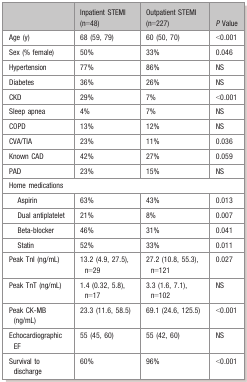
<table><thead><tr><td></td><td><b>Inpatient STEMI (n=48)</b></td><td><b>Outpatient STEMI (n=227)</b></td><td><b><i>P</i> Value</b></td></tr></thead><tbody><tr><td>Age (y)</td><td>68 (59, 79)</td><td>60 (50, 70)</td><td>&lt;0.001</td></tr><tr><td>Sex (% female)</td><td>50%</td><td>33%</td><td>0.046</td></tr><tr><td>Hypertension</td><td>77%</td><td>86%</td><td>NS</td></tr><tr><td>Diabetes</td><td>36%</td><td>26%</td><td>NS</td></tr><tr><td>CKD</td><td>29%</td><td>7%</td><td>&lt;0.001</td></tr><tr><td>Sleep apnea</td><td>4%</td><td>7%</td><td>NS</td></tr><tr><td>COPD</td><td>13%</td><td>12%</td><td>NS</td></tr><tr><td>CVA/TIA</td><td>23%</td><td>11%</td><td>0.036</td></tr><tr><td>Known CAD</td><td>42%</td><td>27%</td><td>0.059</td></tr><tr><td>PAD</td><td>23%</td><td>15%</td><td>NS</td></tr><tr><td colspan="4">Home medications</td></tr><tr><td>Aspirin</td><td>63%</td><td>43%</td><td>0.013</td></tr><tr><td>Dual antiplatelet</td><td>21%</td><td>8%</td><td>0.007</td></tr><tr><td>Beta‐blocker</td><td>46%</td><td>31%</td><td>0.041</td></tr><tr><td>Statin</td><td>52%</td><td>33%</td><td>0.011</td></tr><tr><td>Peak TnI (ng/mL)</td><td>13.2 (4.9, 27.5), n=29</td><td>27.2 (10.8, 55.3), n=121</td><td>0.027</td></tr><tr><td>Peak TnT (ng/mL)</td><td>1.4 (0.32, 5.8), n=17</td><td>3.3 (1.6, 7.1), n=102</td><td>NS</td></tr><tr><td>Peak CK‐MB (ng/mL)</td><td>23.3 (11.6, 58.5)</td><td>69.1 (24.6, 125.5)</td><td>&lt;0.001</td></tr><tr><td>Echocardiographic EF</td><td>55 (45, 60)</td><td>55 (42, 60)</td><td>NS</td></tr><tr><td>Survival to discharge</td><td>60%</td><td>96%</td><td>&lt;0.001</td></tr></tbody></table>